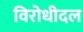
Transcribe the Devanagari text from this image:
विरोधीदल